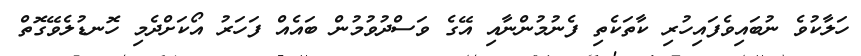
ހަލާކުވެ ނުބައިވެފައިހުރި ކާތަކެތި ފެނުމުންނާއި އޭގެ ވަސްދުވުމުން ބައެއް ފަހަރު އޯކަށްދެމި ހޮނޑުލެވޭގޮތް